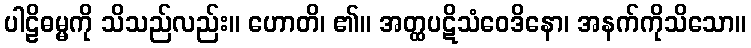
ပါဠိဓမ္မကို သိသည်လည်း။ ဟောတိ၊ ၏။ အတ္ထပဋိသံဝေဒိနော၊ အနက်ကိုသိသော။